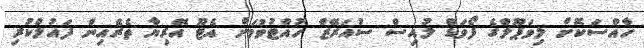
ހާއްސަކޮށް ލިވަޕޫލްގެ ފޯވަޑް ލުއިސް ސުއަރޭޒް ހުއްޓުވުމަށް އެޓޫ އޭރިޔާ ތެރެއިން ފައުލްކުރި